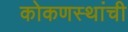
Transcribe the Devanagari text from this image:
कोकणस्थांची